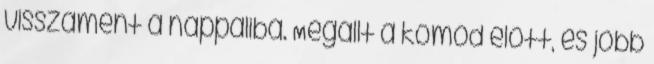
visszament a nappaliba. Megállt a komód előtt, és jobb